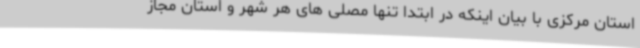
استان مرکزی با بیان اینکه در ابتدا تنها مصلی های هر شهر و استان مجاز